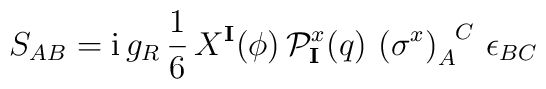
S_{AB} = \mbox{i}\,g_R \, \frac{1}{6} \, X^\mathbf{I} (\phi) \,  \mathcal{P}^x_\mathbf{I}(q) \, \left( \sigma^x \right)  _A^{\phantom{A}C} \, \epsilon_{BC}